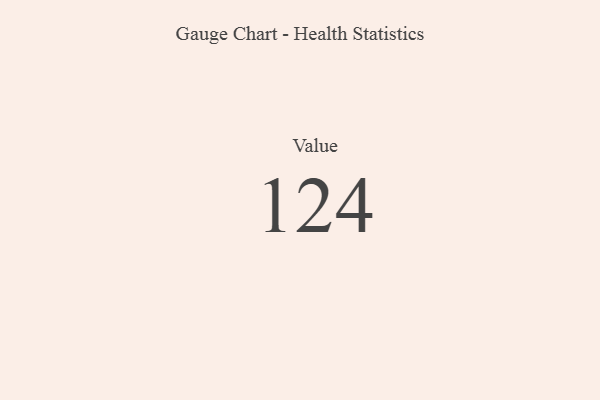
{"axis": {"x": "Metric", "y": "Value"}, "legend": [""], "data": [{"x": "Value", "y": 124, "type": ""}]}